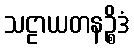
သဠာယတနဉ္စိဒံ